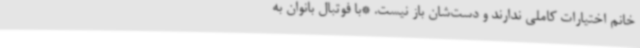
خانم اختیارات کاملی ندارند و دست‌شان باز نیست. *با فوتبال بانوان به